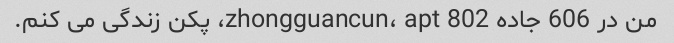
من در 606 جاده zhongguancun، apt 802، پکن زندگی می کنم.